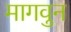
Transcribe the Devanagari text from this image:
मागवुन